Annual administration report of the Civil Veterinary Department of India - 1910-1911
Year: 1910
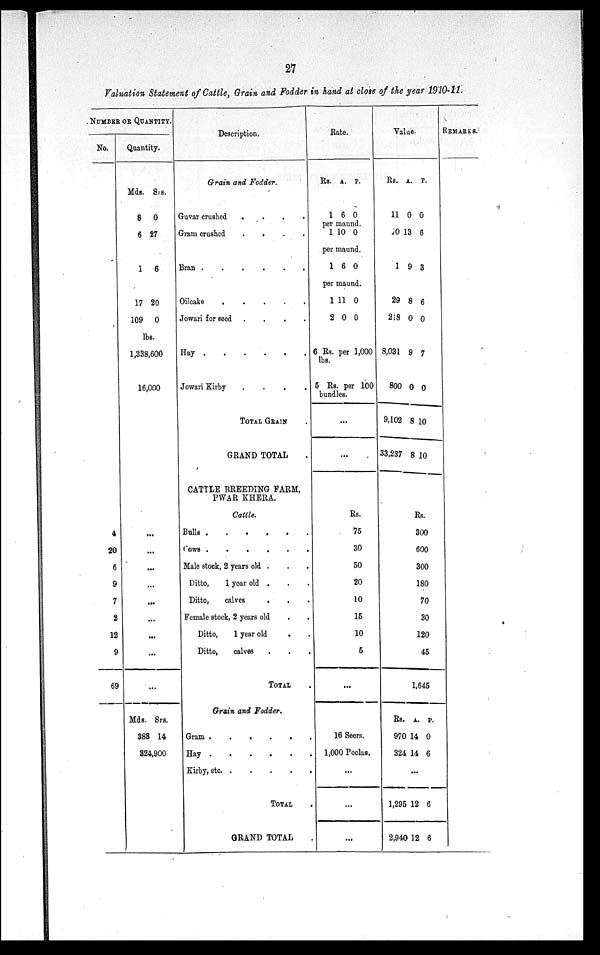
27
Valuation Statement of Cattle, Grain and Fodder in hand at close of the year 1910-11.
NUMBEROR QUANTITY.
No.
4
20
6
9
7
2
12
9
69
Quantity.
Mds.
8
6
1
17
109
Srs.
0
27
6
20
0
lbs.
1,338,600
16,000
...
...
...
...
...
...
...
...
...
Mds.
388
Srs.
14
324,900
Description.
Grain and Fodder.
Guvar crushed
.
.
.
.
Gram crushed
.
.
.
.
Bran .
.
.
.
.
.
Oilcake
.
.
.
.
.
Jowari for seed .
.
.
.
Hay
.
.
.
.
.
.
Jowari Kirby
.
.
.
.
TOTAL GRAIN .
GRAND TOTAL
CATTLE BREEDING FARM,
PWAR KHERA.
Cattle.
Bulls
.
.
.
.
.
.
Cows .
.
.
.
.
.
Male stock, 2 years old . . .
Ditto,
1 year old . . .
Ditto,
calves . . .
Female stock, 2 years old . .
Ditto, 1 year old . .
Ditto,
calves . . .
TOTAL .
Grain and Fodder.
Gram
.
.
.
.
.
.
Hay
.
.
.
.
.
.
Kirby, etc
.
.
.
.
.
TOTAL .
GRAND TOTAL .
Rate.
Rs.
1
A.
6
P.
0
per maund.
1 10 0
per maund.
1 6 0
per maund.
1
2
11
0
0
0
6 Rs. per 1,000
lbs.
5 Rs. per 100
bundles.
...
...
Rs.
75
30
50
20
10
15
10
5
...
16 Seers.
1,000 Poolas.
...
...
...
Value.
Rs.
11
10
1
29
218
A.
0
13
9
8
0
P.
0
6
3
6
0
8,031
800
9,102
33,237
9
0
8
8
7
0
10
10
Rs.
300
600
300
180
70
30
120
45
1,645
Rs.
970
324
1,295
2,940
A.
14
14
...
12
12
P.
0
6
6
6
REMARKS.